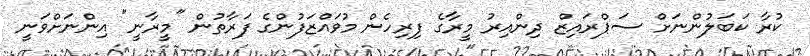
ކުރާ ކަބަލުންނަށް ސަޕްރައިޒް ދިންއިރު މީރާގެ ފިރިހެން މުވައްޒަފުންގެ ފަރާތުން "މީރާނީ" އިންނަށްވަނީ